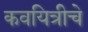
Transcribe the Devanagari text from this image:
कवयित्रीचे